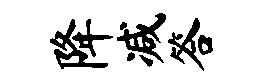
降减答